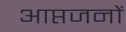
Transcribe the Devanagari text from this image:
आप्तजनों